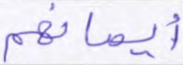
أيمانهم